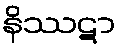
နိဿဋာ